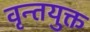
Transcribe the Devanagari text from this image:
वृन्तयुक्त